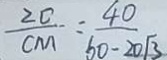
\frac { 2 0 } { C M } = \frac { 4 0 } { 6 0 - 2 0 \sqrt { 3 } }